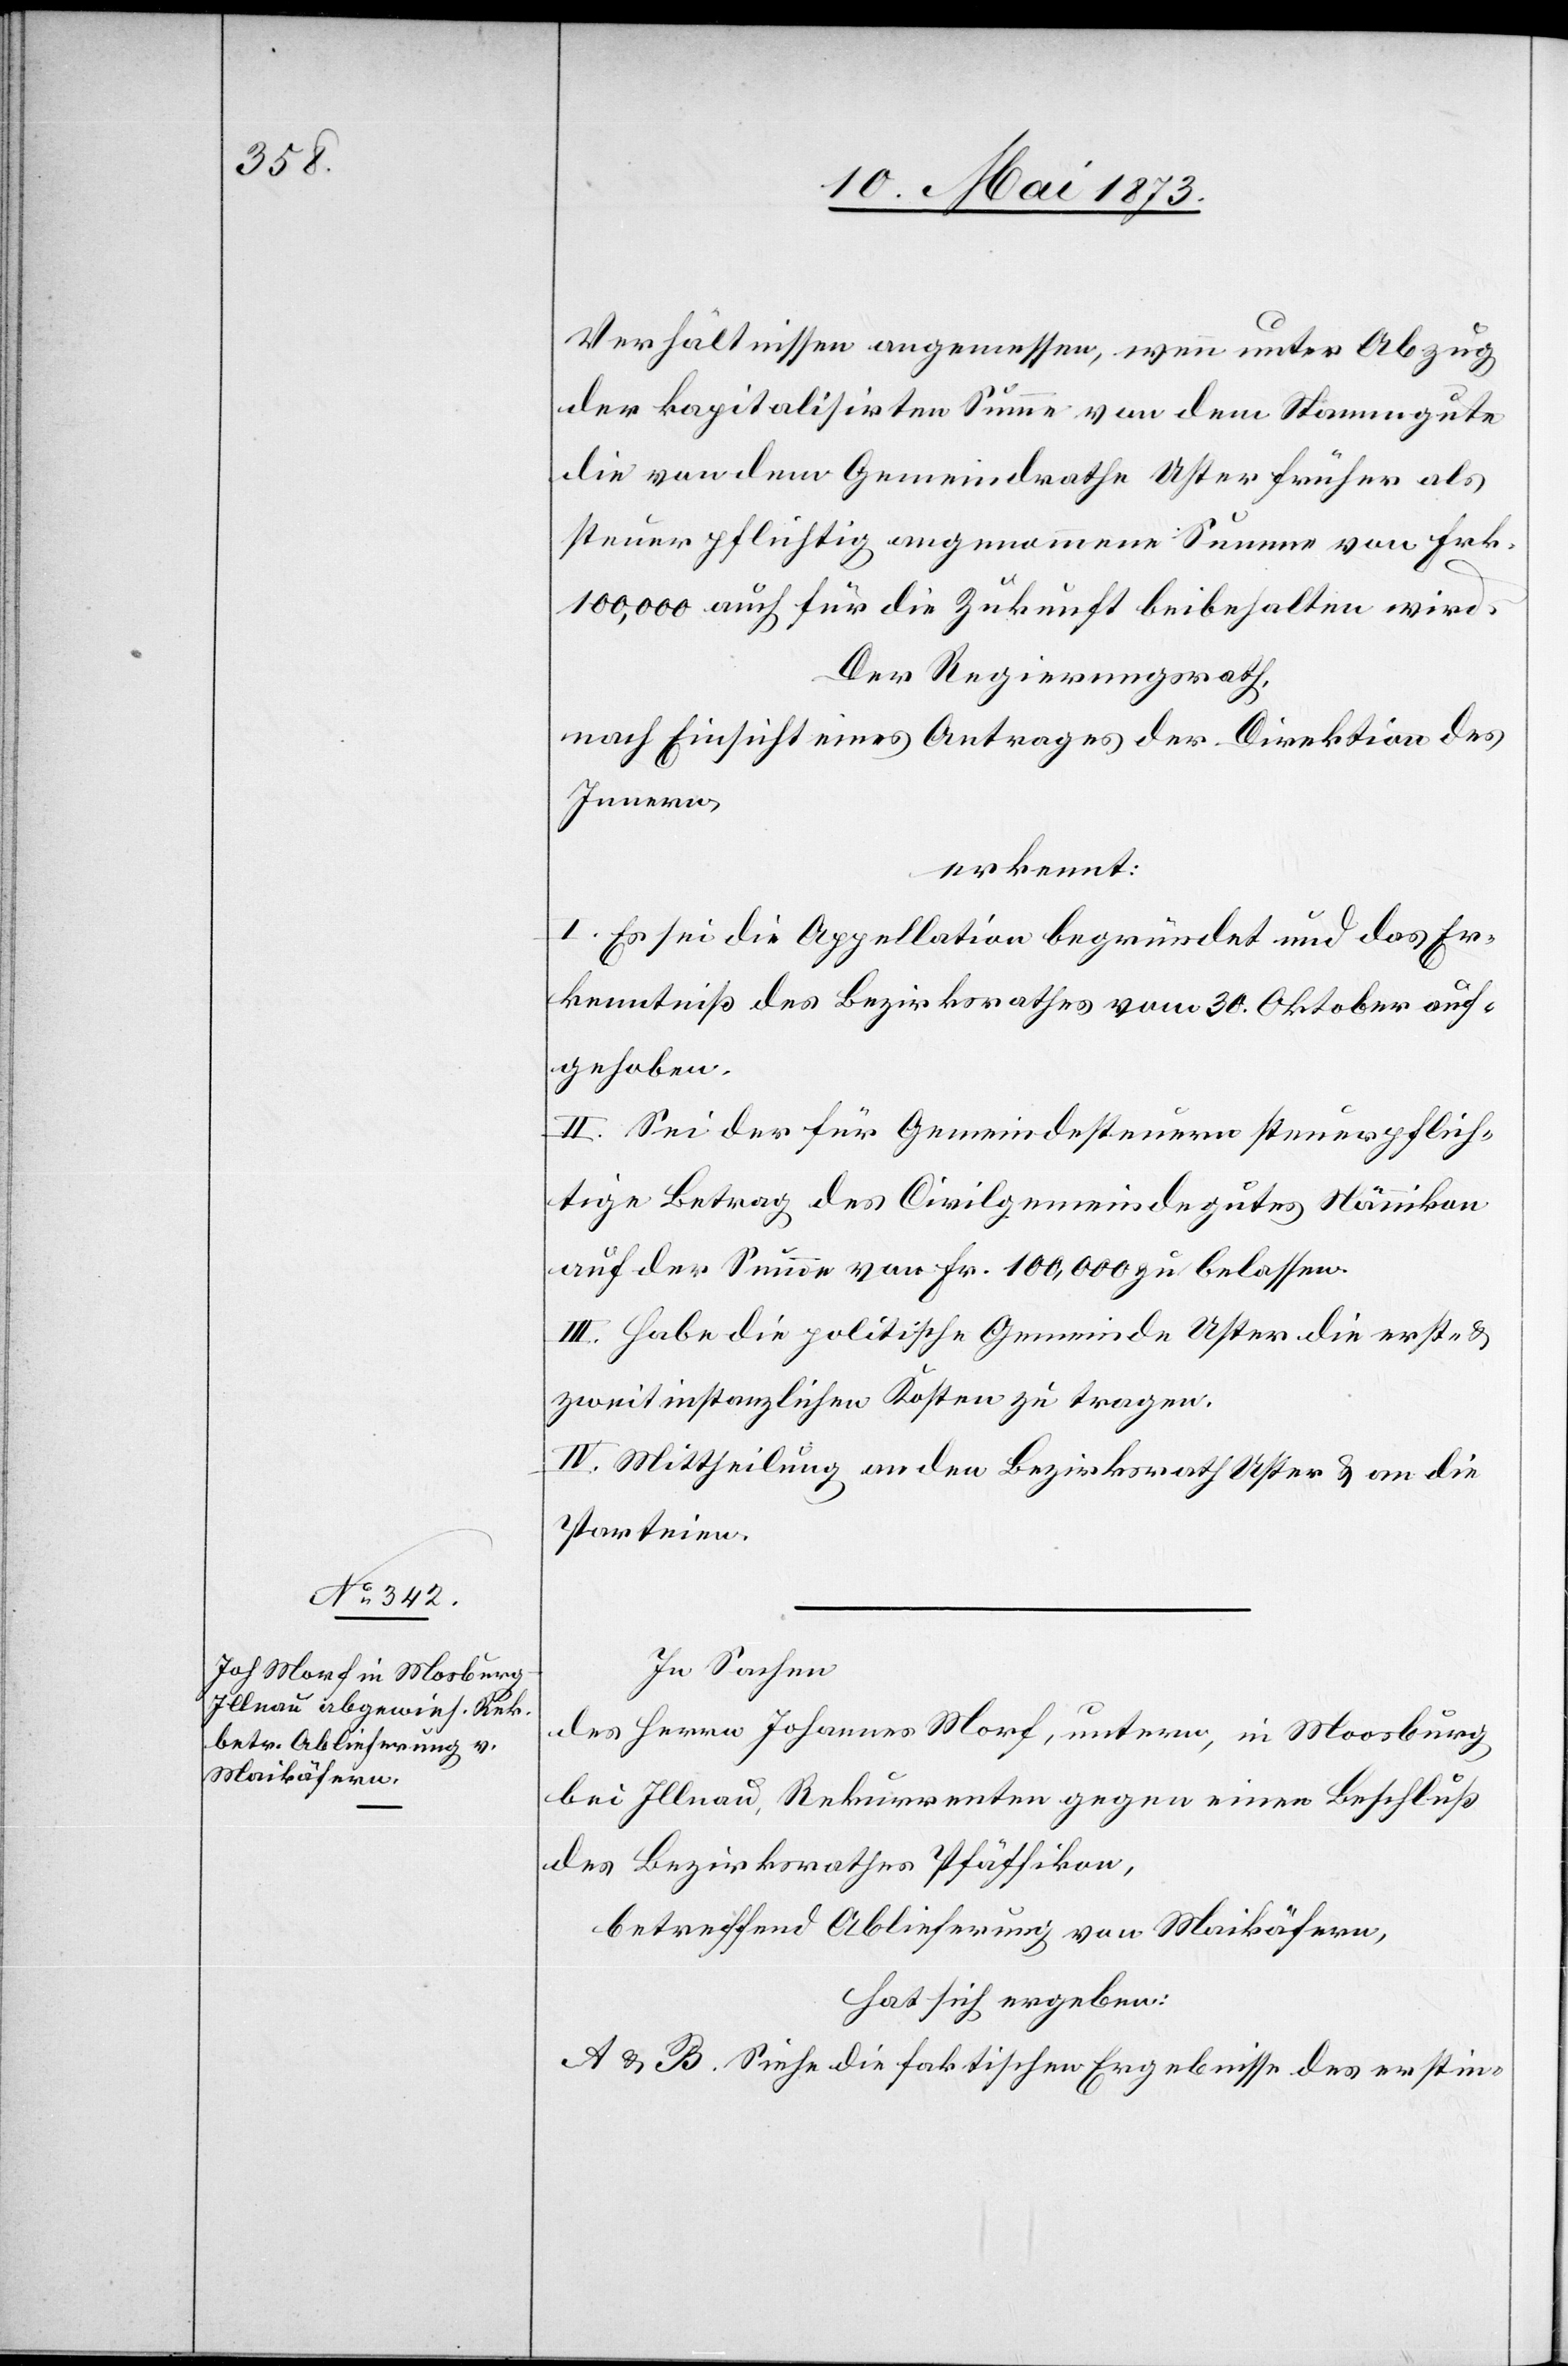
In Sachen
des Herrn Johannes Morf, untern, in Moosburg
bei Illnau, Rekurrenten gegen einen Beschluß
des Bezirksrathes Pfäffikon,
betreffend Ablieferung von Maikäfern,
hat sich ergeben:
A & B. Siehe die faktischen Ergebnisse des erstin-